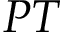
P T